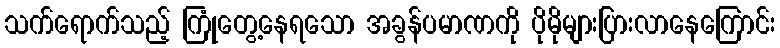
သက်ရောက်သည့် ကြုံတွေ့နေရသော အခွန်ပမာဏကို ပိုမိုများပြားလာနေကြောင်း